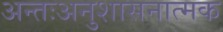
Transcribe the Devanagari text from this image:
अन्तःअनुशासनात्मक